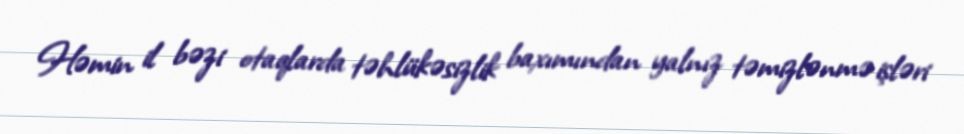
Həmin il bəzi otaqlarda təhlükəsizlik baxımından yalnız təmizlənmə işləri